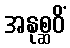
အနုစ္ဆဝိံ